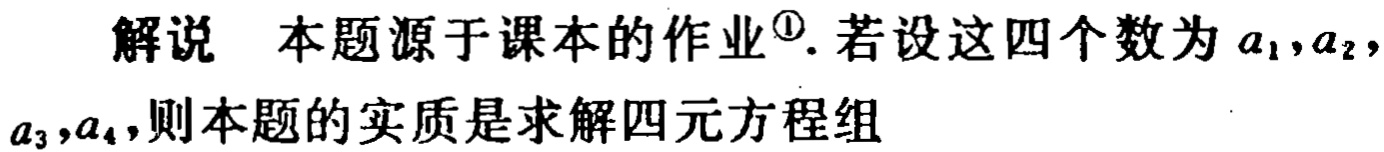
解说 本题源于课本的作业\(^{\circled{1}}\). 若设这四个数为\(a_{1},a_{2},\)
\(a_{3},a_{4}\),则本题的实质是求解四元方程组